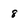
Character: 8